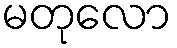
မတုလော